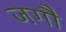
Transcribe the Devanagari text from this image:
जगौ